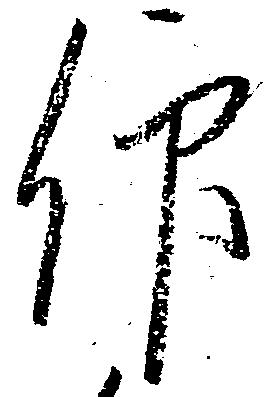
仰